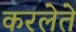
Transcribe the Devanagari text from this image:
करलेते